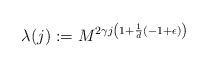
LaTeX: \begin{align*} \lambda(j) := M^{2 \gamma j \left(1 + \frac{1}{d} (- 1 + \epsilon)\right)}\end{align*}